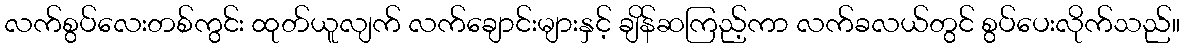
လက်စွပ်လေးတစ်ကွင်း ထုတ်ယူလျက် လက်ချောင်းများနှင့် ချိန်ဆကြည့်ကာ လက်ခလယ်တွင် စွပ်ပေးလိုက်သည်။